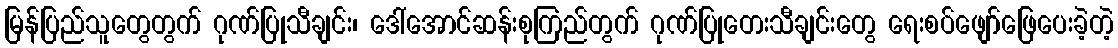
မြန်ပြည်သူတွေတွက် ဂုဏ်ပြုသီချင်း၊ ဒေါ်အောင်ဆန်းစုကြည်တွက် ဂုဏ်ပြုတေးသီချင်းတွေ ရေးစပ်ဖျော်ဖြေပေးခဲ့တဲ့